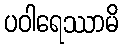
ပဝါရေဿာမိ